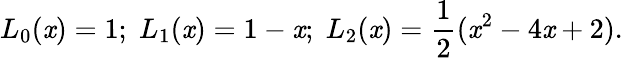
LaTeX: L_{0}(\mathit{x})=1;\; L_{1}(\mathit{x})=1-\mathit{x};\; L_{2}(\mathit{x})=\frac{{1}}{{2}}(\mathit{x}^{2}-4\mathit{x}+2).